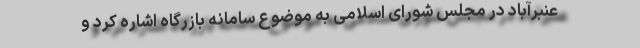
عنبرآباد در مجلس شورای اسلامی به موضوع سامانه بازرگاه اشاره کرد و